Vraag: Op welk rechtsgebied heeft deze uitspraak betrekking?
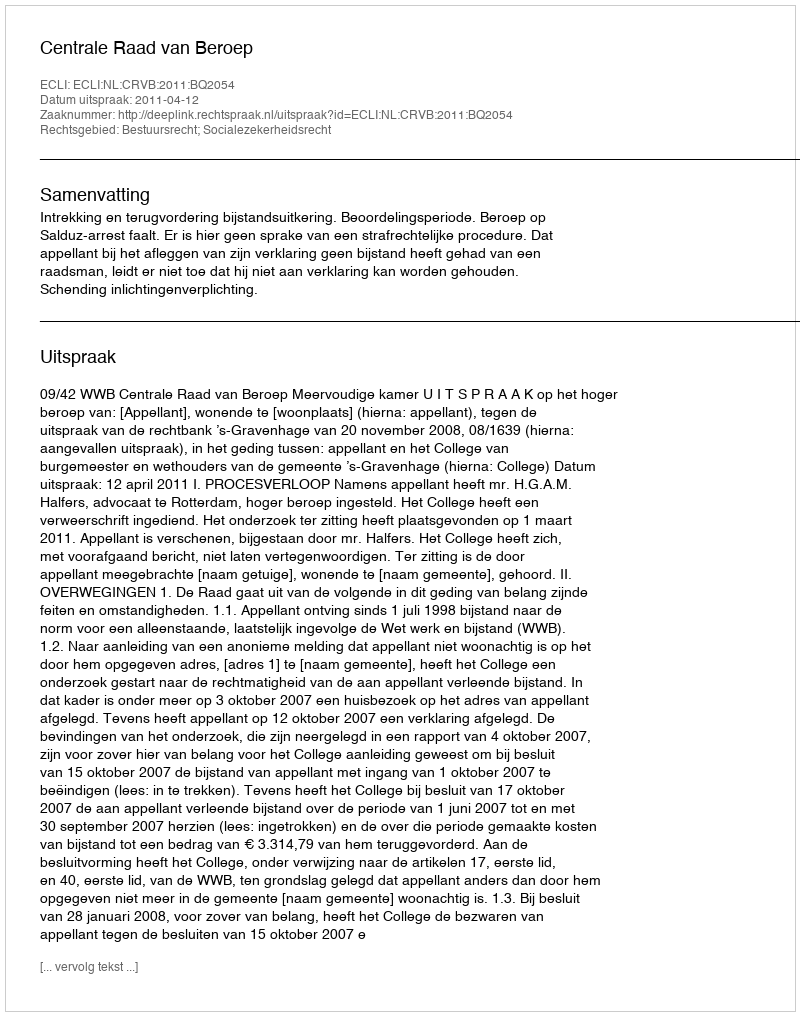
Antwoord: Bestuursrecht; Socialezekerheidsrecht